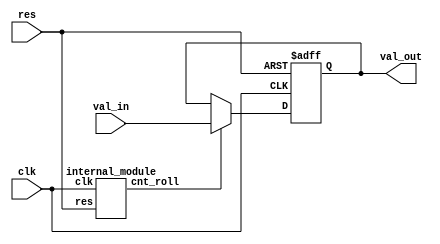
module check_boundary (input clk , input res , input [3:0] val_in , output reg [3:0] val_out);
wire en;
internal_module u_im (.clk(clk) , .res(res) , .cnt_roll(en));

always @ (posedge clk , posedge res)
begin
	if(res)
		val_out <= 4'b0;
	else if(en)
		val_out <= val_in;	
end
endmodule


module internal_module (input clk , input res , output cnt_roll);
reg [2:0] cnt;

always @(posedge clk , posedge res)
begin
	if(res)
		cnt <= 3'b0;
	else
		cnt <= cnt + 1;
end

assign cnt_roll = (cnt == 3'b111);

endmodule